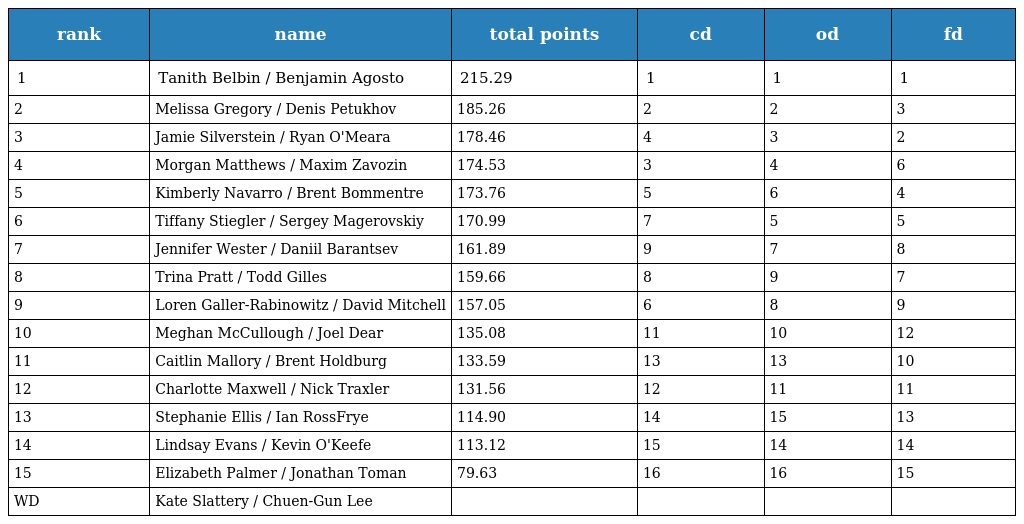
| rank | name | total points | cd | od | fd |
 | --- | --- | --- | --- | --- | --- |
 | 1 | Tanith Belbin / Benjamin Agosto | 215.29 | 1 | 1 | 1 |
 | 2 | Melissa Gregory / Denis Petukhov | 185.26 | 2 | 2 | 3 |
 | 3 | Jamie Silverstein / Ryan O'Meara | 178.46 | 4 | 3 | 2 |
 | 4 | Morgan Matthews / Maxim Zavozin | 174.53 | 3 | 4 | 6 |
 | 5 | Kimberly Navarro / Brent Bommentre | 173.76 | 5 | 6 | 4 |
 | 6 | Tiffany Stiegler / Sergey Magerovskiy | 170.99 | 7 | 5 | 5 |
 | 7 | Jennifer Wester / Daniil Barantsev | 161.89 | 9 | 7 | 8 |
 | 8 | Trina Pratt / Todd Gilles | 159.66 | 8 | 9 | 7 |
 | 9 | Loren Galler-Rabinowitz / David Mitchell | 157.05 | 6 | 8 | 9 |
 | 10 | Meghan McCullough / Joel Dear | 135.08 | 11 | 10 | 12 |
 | 11 | Caitlin Mallory / Brent Holdburg | 133.59 | 13 | 13 | 10 |
 | 12 | Charlotte Maxwell / Nick Traxler | 131.56 | 12 | 11 | 11 |
 | 13 | Stephanie Ellis / Ian RossFrye | 114.90 | 14 | 15 | 13 |
 | 14 | Lindsay Evans / Kevin O'Keefe | 113.12 | 15 | 14 | 14 |
 | 15 | Elizabeth Palmer / Jonathan Toman | 79.63 | 16 | 16 | 15 |
 | WD | Kate Slattery / Chuen-Gun Lee |  |  |  |  |